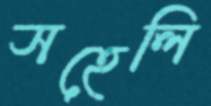
সহেলি